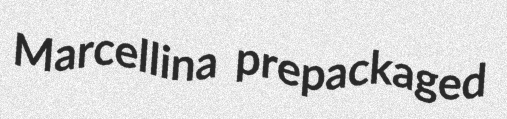
Marcellina prepackaged